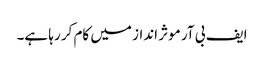
ایف بی آر موثر انداز میں کام کر رہا ہے۔